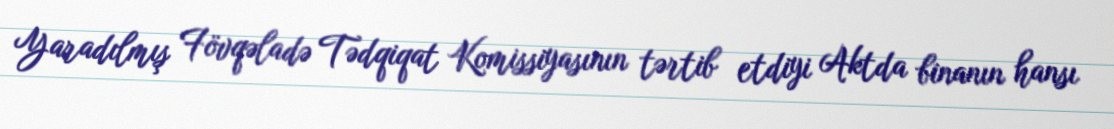
Yaradılmış Fövqəladə Tədqiqat Komissiyasının tərtib etdiyi Aktda binanın hansı